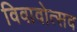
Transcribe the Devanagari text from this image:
विवावोत्सव